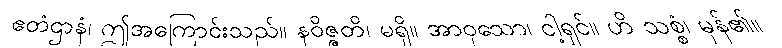
ဧတံဌာနံ၊ ဤအကြောင်းသည်။ နဝိဇ္ဇတိ၊ မရှိ။ အာဝုသော၊ ငါ့ရှင်။ ဟိ သစ္စံ၊ မှန်၏။